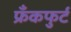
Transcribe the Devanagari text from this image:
फ्रँकफुर्ट